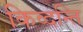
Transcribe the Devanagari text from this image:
किव्दन्ति